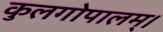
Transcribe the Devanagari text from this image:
कुलगोपालम्‌।